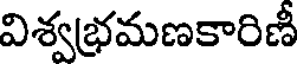
విశ్వభమణకారిణీ